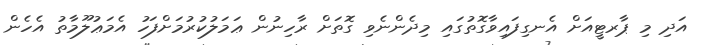
އަދި މި ޕާރޓީއަށް އެނގިފައިވާގޮތުގައި މިދެންނެވި ގޮތަށް ރާހިނުން ޢަމަލުކުރުމަށްފަހު އެމަޢުލޫމާތު އެހެން